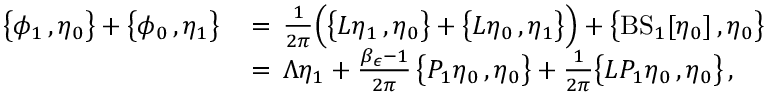
\begin{array} { r l } { \bigl \{ \phi _ { 1 } \, , \eta _ { 0 } \bigr \} + \bigl \{ \phi _ { 0 } \, , \eta _ { 1 } \bigr \} \, } & { = \, \frac { 1 } { 2 \pi } \Bigl ( \bigl \{ L \eta _ { 1 } \, , \eta _ { 0 } \bigr \} + \bigl \{ L \eta _ { 0 } \, , \eta _ { 1 } \bigr \} \Bigr ) + \bigl \{ \mathrm { B S } _ { 1 } [ \eta _ { 0 } ] \, , \eta _ { 0 } \bigr \} } \\ { \, } & { = \, \Lambda \eta _ { 1 } + \frac { \beta _ { \epsilon } - 1 } { 2 \pi } \, \bigl \{ P _ { 1 } \eta _ { 0 } \, , \eta _ { 0 } \bigr \} + \frac { 1 } { 2 \pi } \bigl \{ L P _ { 1 } \eta _ { 0 } \, , \eta _ { 0 } \bigr \} \, , } \end{array}